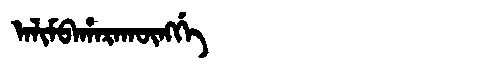
Manchu: ᠠᠯᡳᠮᠪᠠᡥᠠᡵᠠᡴᡡᠩᡤᡝ
Romanization: ALIMBAHARAKŪNGGE